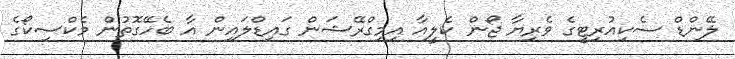
ލޭންޑް ސެކިއުރިޓީގެ ވެރިޔާ ޖޯން ކެލީއާ އިމިގްރޭޝަން ގައިޑްލައިން އާ ބެހޭގޮތުން މެކްސިކޯގެ